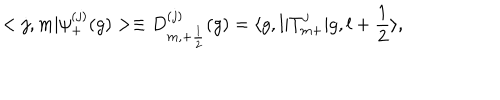
< j , m | { \psi } _ { + } ^ { ( j ) } ( g ) > \equiv D _ { m , + \frac { 1 } { 2 } } ^ { ( j ) } ( g ) = \langle g , l | T _ { m + } ^ { j } | g , l + \frac { 1 } { 2 } \rangle ,